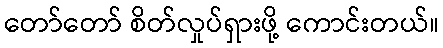
တော်တော် စိတ်လှုပ်ရှားဖို့ ကောင်းတယ်။